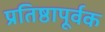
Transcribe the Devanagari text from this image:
प्रतिष्ठापूर्वक